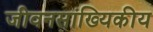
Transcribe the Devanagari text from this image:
जीवनसांख्यिकीय